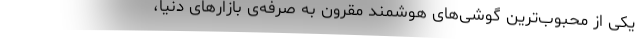
یکی از محبوب‌ترین گوشی‌های هوشمند مقرون به صرفه‌ی بازارهای دنیا،